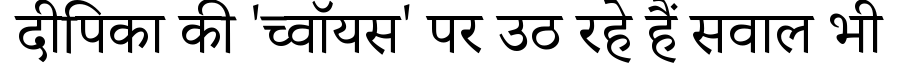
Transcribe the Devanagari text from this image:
दीपिका की 'च्वॉयस' पर उठ रहे हैं सवाल भी